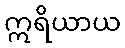
ဣရိယာယ